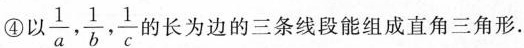
④以\frac{1}{a},\frac{1}{b},\frac{1}{c}的长为边的三条线段能组成直角三角形.